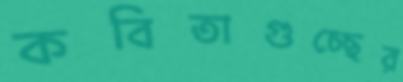
কবিতাগুচ্ছের